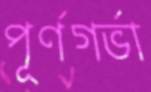
পূর্ণগর্ভা